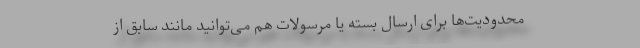
محدودیت‌ها برای ارسال بسته یا مرسولات هم می‌توانید مانند سابق از